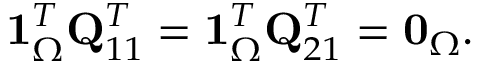
\mathbf { 1 } _ { \Omega } ^ { T } \mathbf { Q } _ { 1 1 } ^ { T } = \mathbf { 1 } _ { \Omega } ^ { T } \mathbf { Q } _ { 2 1 } ^ { T } = \mathbf { 0 } _ { \Omega } .